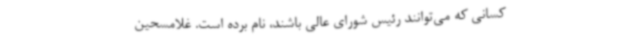
کسانی که می‌توانند رئیس شورای عالی باشند، نام برده است. غلامسحین